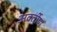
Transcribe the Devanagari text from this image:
अवर्तीण